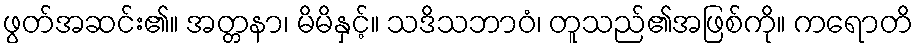
ဖွတ်အဆင်း၏။ အတ္တနာ၊ မိမိနှင့်။ သဒိသဘာဝံ၊ တူသည်၏အဖြစ်ကို။ ကရောတိ